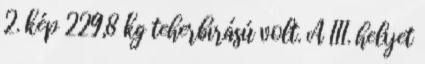
2. kép 229,8 kg teherbírású volt. A III. helyet